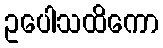
ဥပေါသထိကော